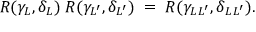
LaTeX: R ( \gamma _ { L } , \delta _ { L } ) \; R ( \gamma _ { L ^ { \prime } } , \delta _ { L ^ { \prime } } ) \; = \; R ( \gamma _ { L \, L ^ { \prime } } , \delta _ { L \, L ^ { \prime } } ) .